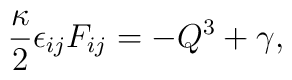
\frac{\kappa}{2}\epsilon_{ij} F_{ij}=-Q^3+\gamma,